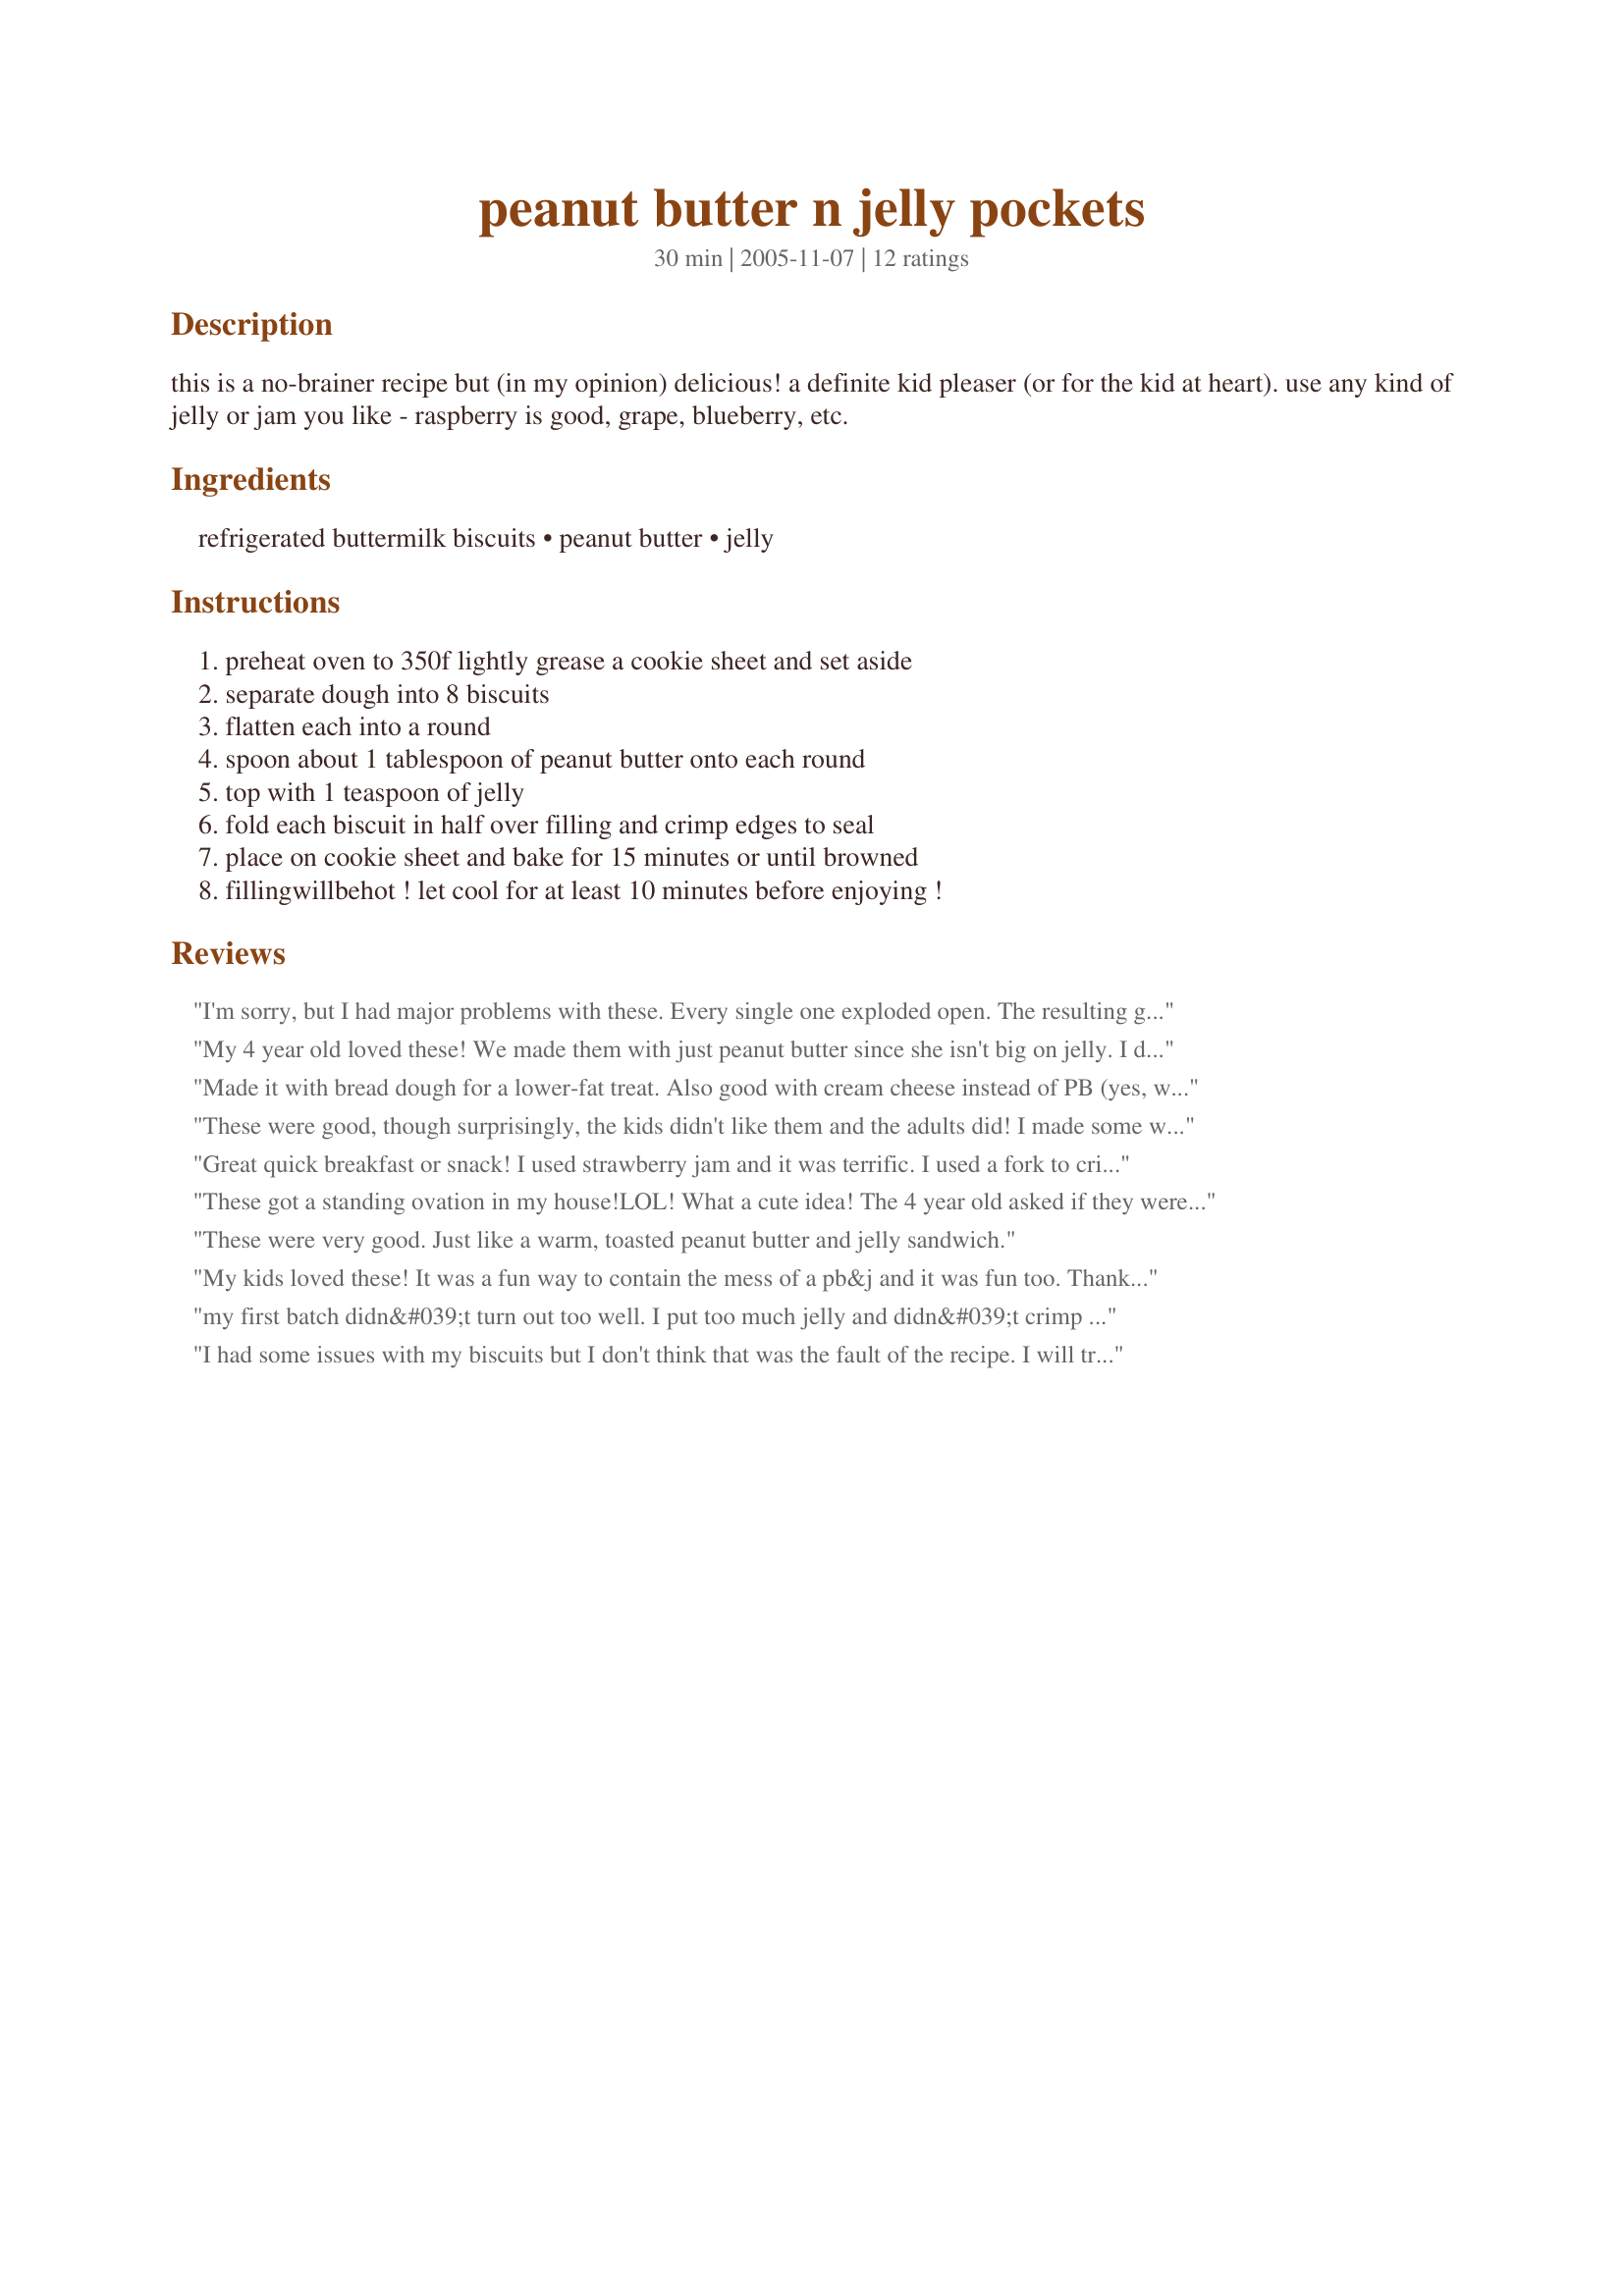
peanut butter n jelly pockets
Preparation time: 30 minutes

this is a no-brainer recipe but (in my opinion) delicious! a definite kid pleaser (or for the kid at heart). use any kind of jelly or jam you like - raspberry is good, grape, blueberry, etc.

Ingredients:
refrigerated buttermilk biscuits, peanut butter, jelly

Steps:
preheat oven to 350f lightly grease a cookie sheet and set aside, separate dough into 8 biscuits, flatten each into a round, spoon about 1 tablespoon of peanut butter onto each round, top with 1 teaspoon of jelly, fold each biscuit in half over filling and crimp edges to seal, place on cookie sheet and bake for 15 minutes or until browned, fillingwillbehot ! let cool for at least 10 minutes before enjoying !

Reviews:
I'm sorry, but I had major problems with these. Every single one exploded open. The resulting goo on the pan is what made the bottoms of the biscuits take longer to cook, so when the tops were done, the bottoms were still slightly raw. I am still giving this 3 stars, though, because the kids loved them. Thank you for posting, a great experiment. :)
My 4 year old loved these! We made them with just peanut butter since she isn't big on jelly. I did offer honey as a dipping sauce, which she really liked! Some of these popped open when cooking, but it wasn't that big of a deal.
Made it with bread dough for a lower-fat treat. Also good with cream cheese instead of PB (yes, with the jam)!
These were good, though surprisingly, the kids didn't like them and the adults did! I made some with jelly and some with marshmallow cream - the latter was especially good - and noticed that bites that only had peanut butter and biscuit in them almost tasted like peanut butter cookies!
Great quick breakfast or snack! I used strawberry jam and it was terrific. I used a fork to crimp the edges, flipped them over, and crimped again and none of them popped open. I sprinkled a little cinnamon/sugar on top before baking and enjoyed these for breakfast - thanks for sharing the recipe!
These got a standing ovation in my house!LOL! What a cute idea! The 4 year old asked if they were Samosas for little boys - I was so proud! I also filled a couple with cheese and they were good too! I sealed the edges with milk and pressed real hard with a fork.... some stayed closed and some puffed up too much and opened. BTW: The cheese ones all stayed close! Thanks for a great idea and tasty no fuss lunch!
These were very good. Just like a warm, toasted peanut butter and jelly sandwich.
My kids loved these! It was a fun way to contain the mess of a pb&j and it was fun too. Thanks for sharing the recipe. Made for Fall PAC 2008.
my first batch didn&#039;t turn out too well. I put too much jelly and didn&#039;t crimp enough. I also added the cinnamon sugar on the 2nd batch. my son is taking them to rugby tomorrow. I think they will be a big hit. Definitely need to put in big letters MAKE SURE TO CRIMP ON BOTH SIDES. :)
I had some issues with my biscuits but I don't think that was the fault of the recipe. I will try again with another brand. These went directly to the freezer for lunchbox's and they worked out great. I just threw it in the lunchbox in the a.m. and by lunchtime they were thawed and ready to eat. I will definitely play with these in the future.
I liked them; but my children didn't care for them, which is unfortunate since they were so simple to make.
Delicious! I only had a small can of buttermilk biscuits so I decided to make a mini version of this recipe and followed the directions exactly. I also sprinkled the tops with a little bit of sugar before baking. My husband loves PB&J and he went crazy over these bite size pockets. It's just the two of us and there was no leftovers! What a great change from boring sandwiches. Thank you for sharing this great recipe!
